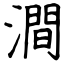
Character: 澗